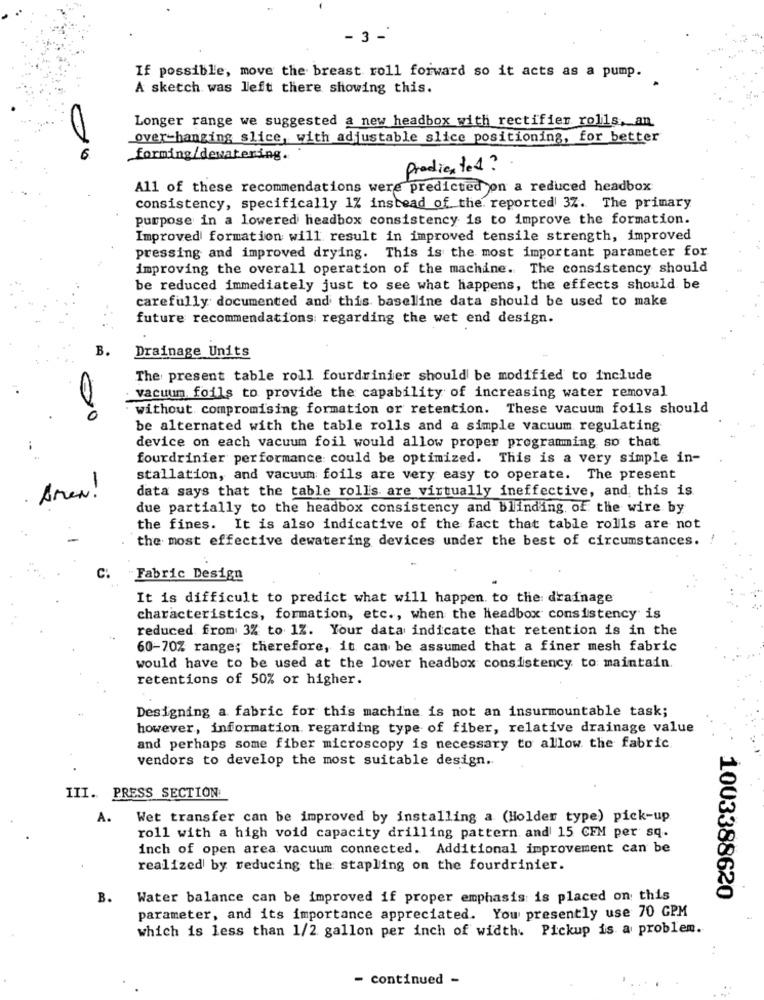
- 3 -
If possible, move the breast roll forward so it acts as a pump.
A sketch was left there showing this.
Longer range we suggested a new headbox with rectifier rolls, an
over-hanging slice, with adjustable slice positioning, for better
forming/dewatering.
prodie tot?
All of these recommendations were predicted on a reduced headbox
consistency, specifically 1% instead of the. reported 3Z. The primary
purpose in a lowered headbox consistency is to improve the formation.
Improved formation will result in improved tensile strength, improved
pressing and improved drying. This is the most important parameter for
improving the overall operation of the machine. The consistency should
be reduced immediately just to see what happens, the effects should be
carefully documented and this baseline data should be used to make
future recommendations regarding the wet end design.
Drainage Units
The present table roll fourdrinier should be modified to include
vacuum, foils to provide the capability of increasing water removal
without compromising formation or retention. These vacuum foils should
be alternated with the table rolls and a simple vacuum regulating
device on each vacuum foil would allow proper programming so that
fourdrinier performance could be optimized. This is a very simple in-
stallation, and vacuum foils are very easy to operate. The present
data says that the table rolls are virtually ineffective, and this is
Amen !
due partially to the headbox consistency and blinding, of the wire by
the fines. It is also indicative of the fact that table rolls are not
the most effective dewatering devices under the best of circumstances.
C:
Fabric Design
It is difficult to predict what will happen to the drainage
characteristics, formation, etc ., when the headbox consistency is
reduced from 3% to 1Z. Your data indicate that retention is in the
60-70% range; therefore, it can be assumed that a finer mesh fabric
would have to be used at the lower headbox consistency to maintain.
retentions of 50% or higher.
Designing a fabric for this machine is not an insurmountable task;
however, information regarding type of fiber, relative drainage value
and perhaps some fiber microscopy is necessary to allow the fabric.
vendors to develop the most suitable design.
III. PRESS SECTION:
A.
Wet transfer can be improved by installing a (Holder type) pick-up
roll with a high void capacity drilling pattern and 15 CEM per sq.
inch of open area vacuum connected. Additional improvement can be
realized by reducing the stapling on the fourdrinier.
B.
Water balance can be improved if proper emphasis is placed on this
1003388620
parameter, and its importance appreciated. You presently use 70 GPM
which is less than 1/2 gallon per inch of width. Pickup is a problem.
- continued -